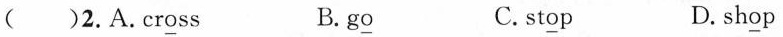
( )2.A.Cr\underline{o}ss B. g\underline{o} C. st\underline{o}p D. sh\underline{o}p